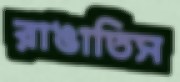
রাঙাতিস